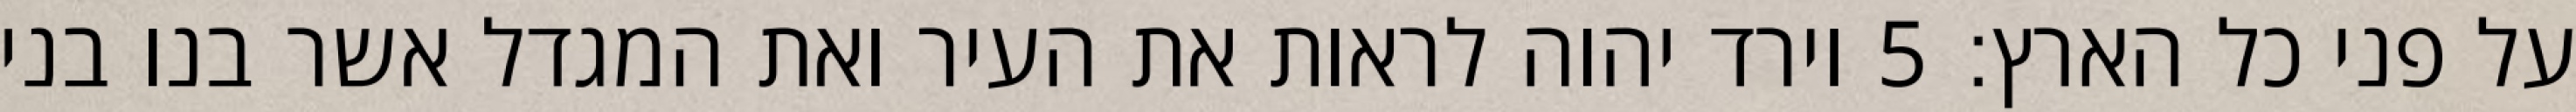
על פני כל הארץ׃ ‎5‏ וירד יהוה לראות את העיר ואת המגדל אשר בנו בני